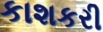
કાશકરી